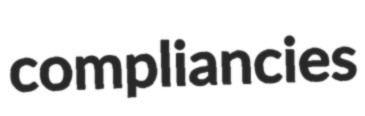
compliancies